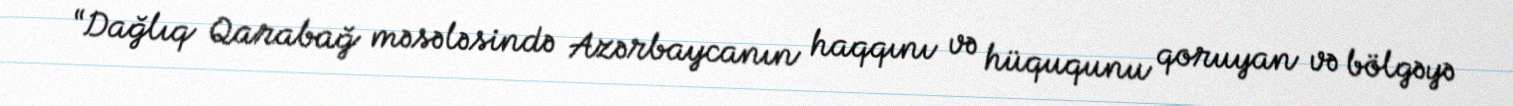
“Dağlıq Qarabağ məsələsində Azərbaycanın haqqını və hüququnu qoruyan və bölgəyə